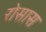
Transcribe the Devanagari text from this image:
रोसास